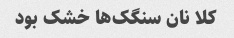
کلا نان سنگک‌ها خشک بود